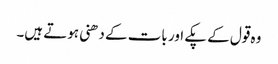
وہ قول کے پکے اور بات کے دھنی ہوتے ہیں۔